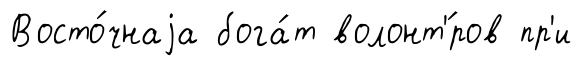
Восто́чнаjа бога́т волонт'́ров пр'и